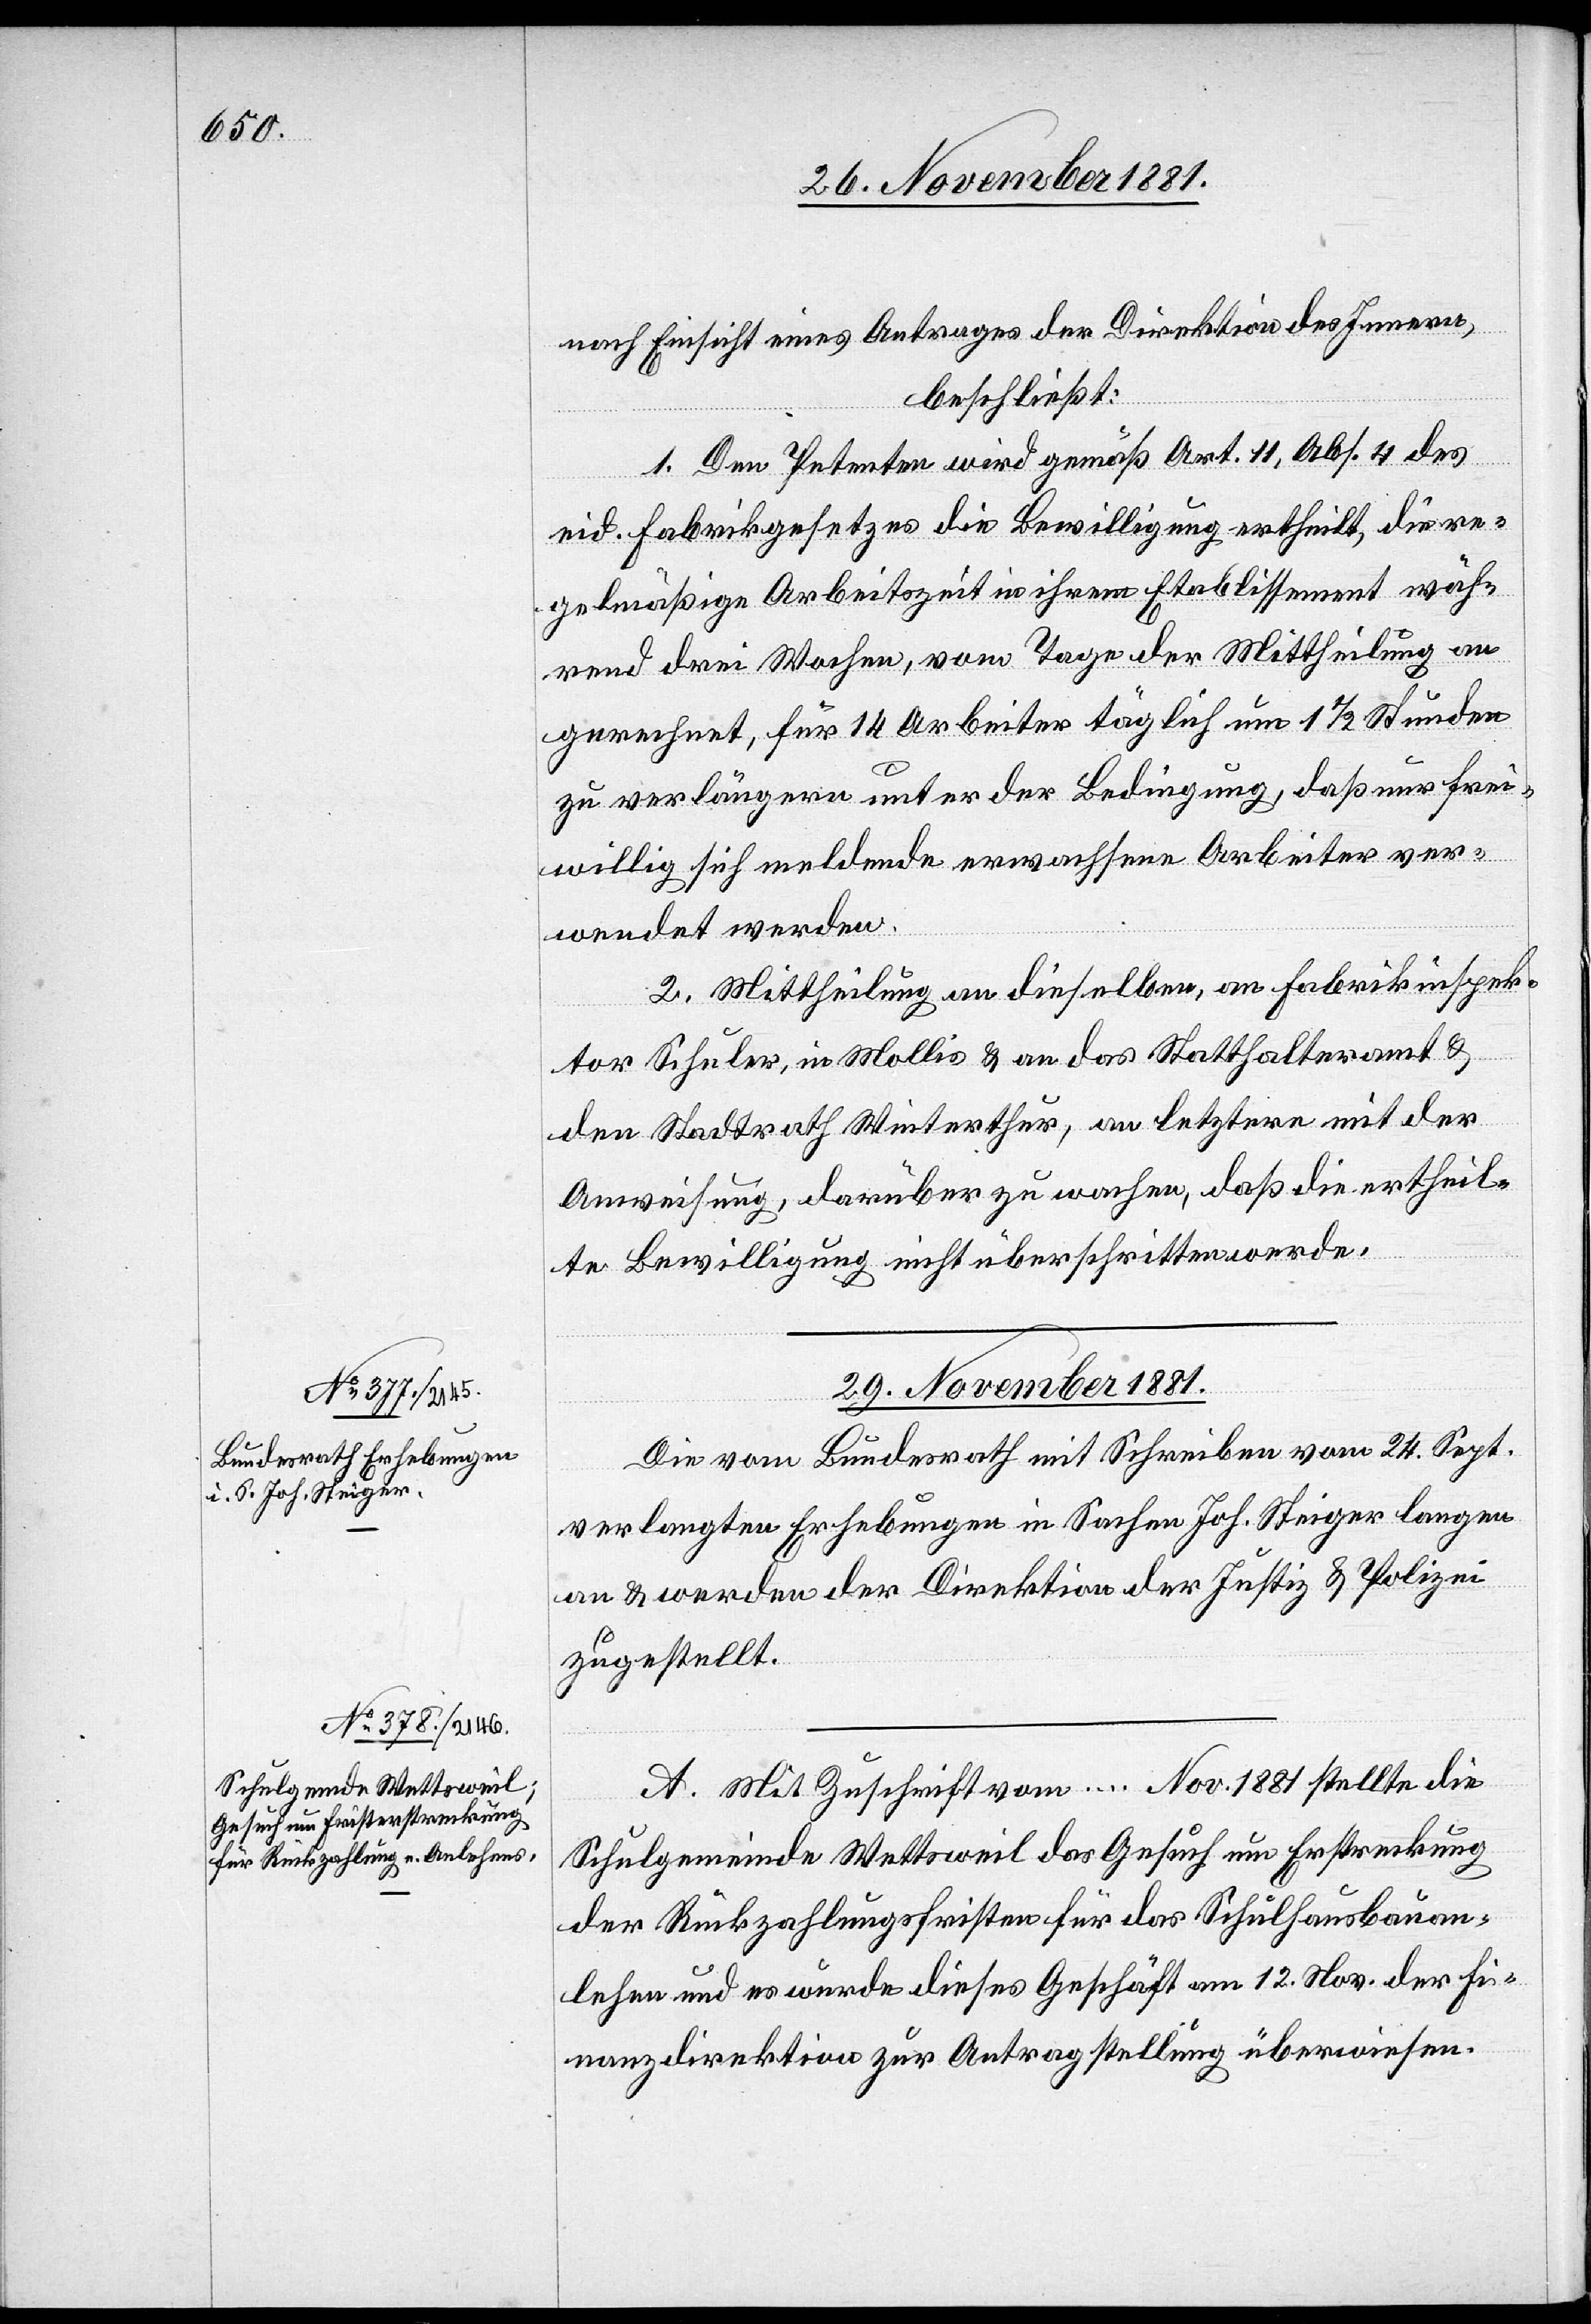
nach Einsicht eines Antrages der Direktion des Innern,
beschließt:
1. Den Petenten wird gemäß Art. 11, Abs. 4 des
eid. Fabrikgesetzes die Bewilligung ertheilt, die re¬
gelmäßige Arbeitszeit in ihrem Etablissement wäh¬
rend drei Wochen, vom Tage der Mittheilung an
gerechnet, für 14 Arbeiter täglich um 1 1/2 Stunden
zu verlängern unter der Bedingung, daß nur frei¬
willig sich meldende erwachsene Arbeiter ver¬
wendet werden.
2. Mittheilung an dieselben, an Fabrikinspek¬
tor Schuler, in Mollis & an das Statthalteramt &
den Stadtrath Winterthur, an letztere mit der
Anweisung, darüber zu wachen, daß die ertheil¬
der
te Bewilligung nicht überschritten werde.
29. November 1881.]
Die vom Bundesrath mit Schreiben vom 24. Sept.
verlangten Erhebungen in Sachen Joh. Steiger langen
zugestellt.
A. Mit Zuschrift vom ... Nov. 1881 stellte die
Schulgemeinde Wettsweil das Gesuch um Erstreckung
der Rückzahlungsfristen für das Schulhausbauan¬
lehen und es wurde dieses Geschäft am 12. Nov. der Fi¬
nanzdirektion zur Antragstellung überwiesen.